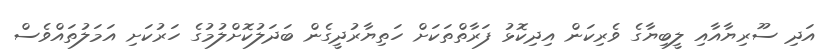
އަދި ސޫރިޔާއާއި ލީބިޔާގެ ވެރިކަން އިދިކޮޅު ފަރާތްތަކަށް ހަތިޔާރުދީގެން ބަދަލުކޮށްލުމުގެ ހަރުކަށި އަމަލުތައްވެސް